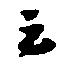
云